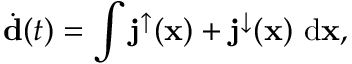
\dot { \bf d } ( t ) = \int { { \bf j } ^ { \uparrow } ( { \bf x } ) + { \bf j } ^ { \downarrow } ( { \bf x } ) \ \mathrm { d } { \bf x } } ,